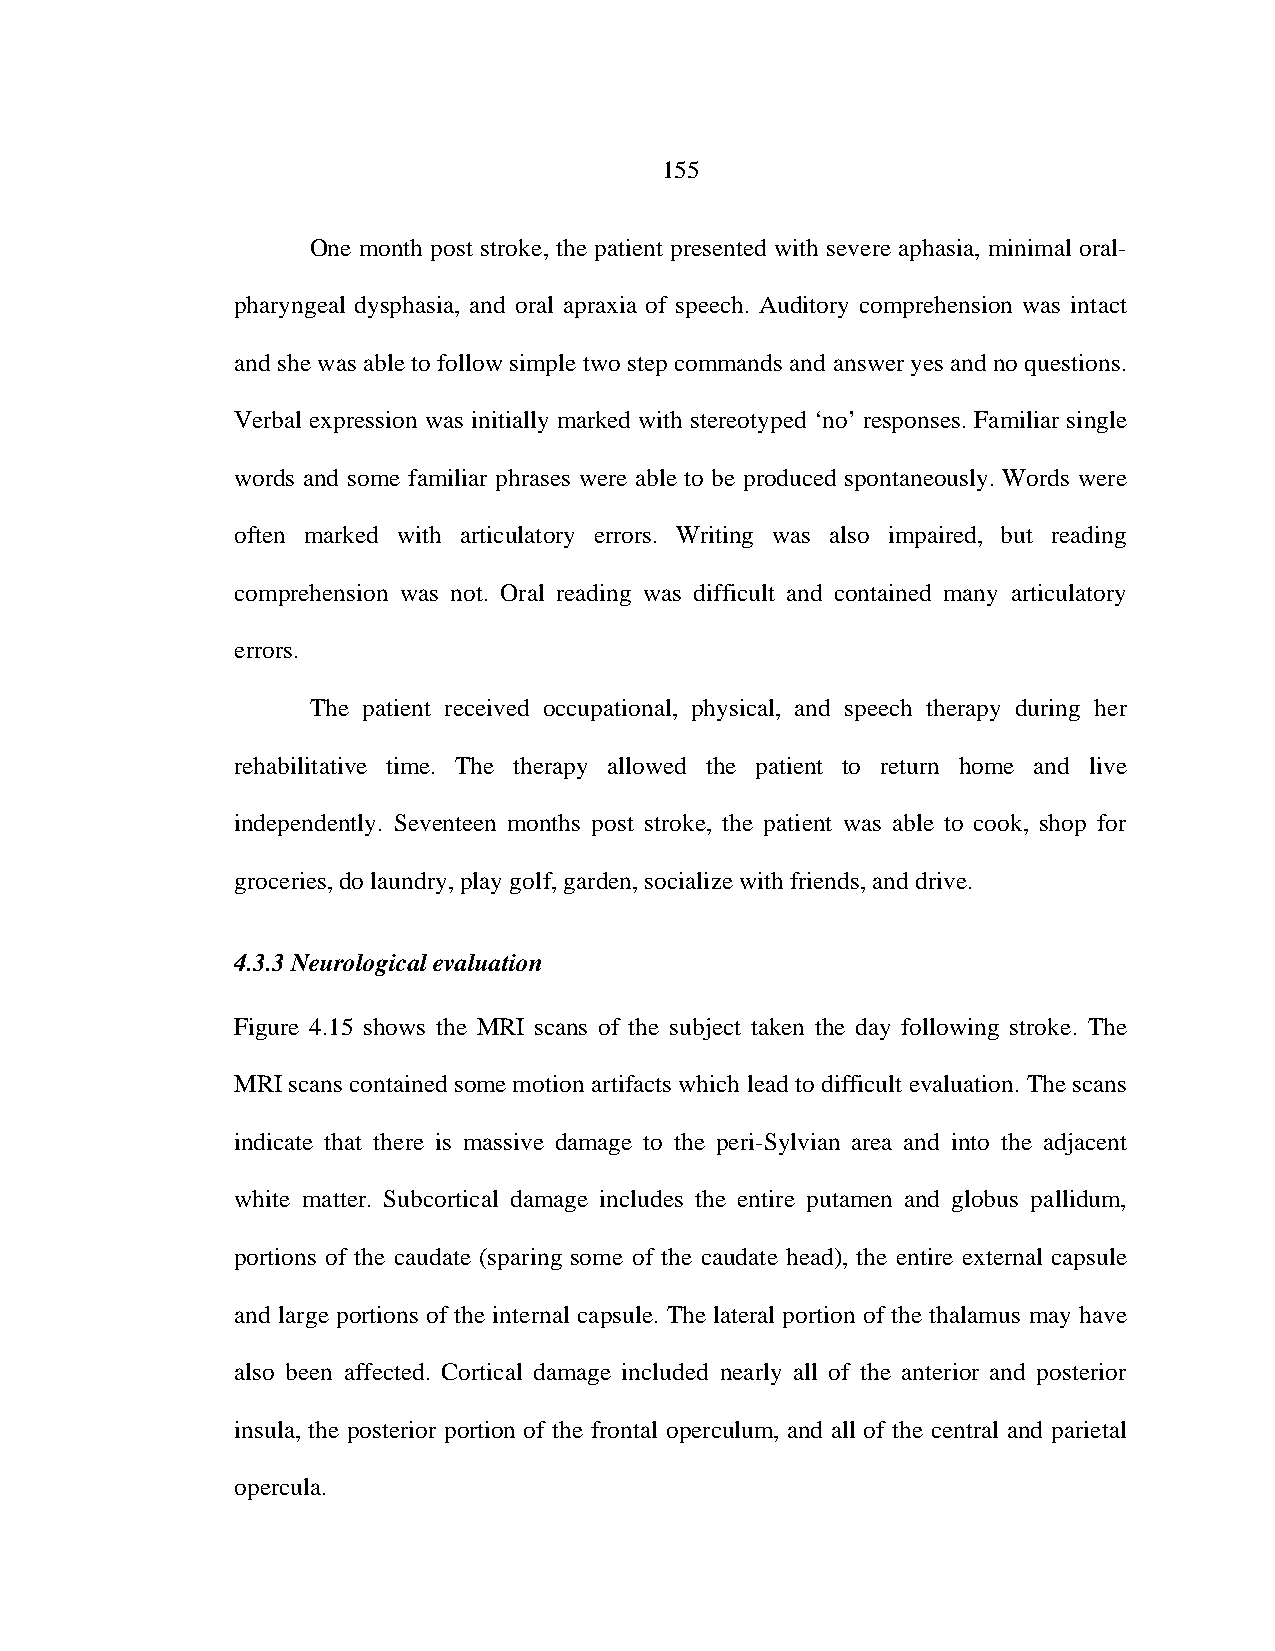
155
 One month post stroke, the patient presented with severe aphasia, minimal oral-
 pharyngeal dysphasia, and oral apraxia of speech. Auditory comprehension was intact
 and she was able to follow simple two step commands and answer yes and no questions.
 Verbal expression was initially marked with stereotyped ‘no’ responses. Familiar single
 words and some familiar phrases were able to be produced spontaneously. Words were
 often marked with articulatory errors. Writing was also impaired, but reading
 comprehension was not. Oral reading was difficult and contained many articulatory
 errors.
 The patient received occupational, physical, and speech therapy during her
 rehabilitative time. The therapy allowed the patient to return home and live
 independently. Seventeen months post stroke, the patient was able to cook, shop for
 groceries, do laundry, play golf, garden, socialize with friends, and drive.
 4.3.3 Neurological evaluation
 Figure 4.15 shows the MRI scans of the subject taken the day following stroke. The
 MRI scans contained some motion artifacts which lead to difficult evaluation. The scans
 indicate that there is massive damage to the peri-Sylvian area and into the adjacent
 white matter. Subcortical damage includes the entire putamen and globus pallidum,
 portions of the caudate (sparing some of the caudate head), the entire external capsule
 and large portions of the internal capsule. The lateral portion of the thalamus may have
 also been affected. Cortical damage included nearly all of the anterior and posterior
 insula, the posterior portion of the frontal operculum, and all of the central and parietal
 opercula.